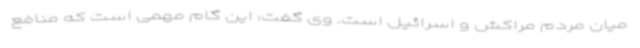
میان مردم مراکش و اسرائیل است. وی گفت: این گام مهمی است که منافع